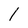
Character: 1